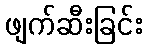
ဖျက်ဆီးခြင်း